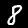
Label: 8